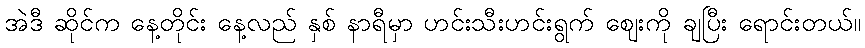
အဲဒီ ဆိုင်က နေ့တိုင်း နေ့လည် နှစ် နာရီမှာ ဟင်းသီးဟင်းရွက် ဈေးကို ချပြီး ရောင်းတယ်။